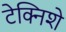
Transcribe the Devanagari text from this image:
टेक्निशे